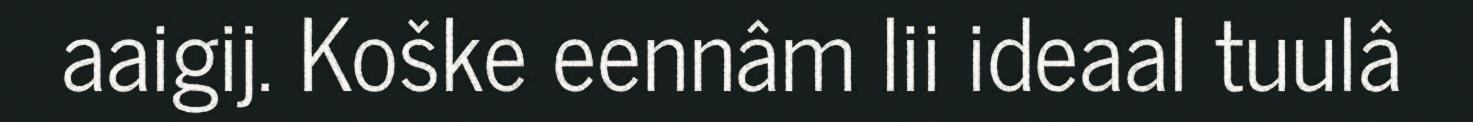
aaigij. Koške eennâm lii ideaal tuulâ